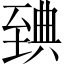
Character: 𦥃